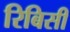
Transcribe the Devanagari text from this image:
रिबिसी